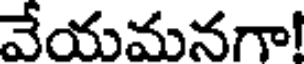
వేయమనగా!